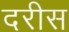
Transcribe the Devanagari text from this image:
दरीस